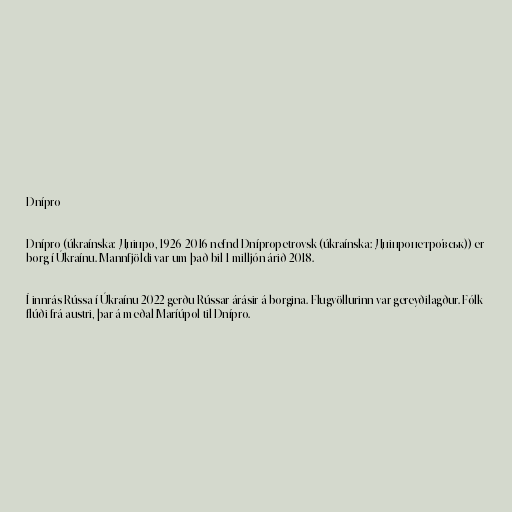
Dnípro

Dnípro (úkraínska: Дніпро, 1926-2016 nefnd Dnípropetrovsk (úkraínska: Дніпропетро́вськ)) er
borg í Úkraínu. Mannfjöldi var um það bil 1 milljón árið 2018.

Í innrás Rússa í Úkraínu 2022 gerðu Rússar árásir á borgina. Flugvöllurinn var gereyðilagður. Fólk
flúði frá austri, þar á meðal Maríúpol til Dnípro.